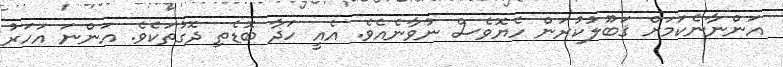
އަންނާނެކަމަށް ޤަބޫލުކުރަން ހެޔޮވެސް ނުވާނެއެވެ. އެއީ ހަދާ ބޮޑެތި ދޮގުތަކެވެ. އަންނަ އަހަރު